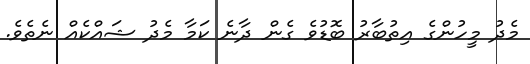
މެދު މީހުންގެ އިތުބާރު ބޮޑުވެ ގެން ދާނެ ކަމާ މެދު ޝައްކެއް ނެތެވެ.